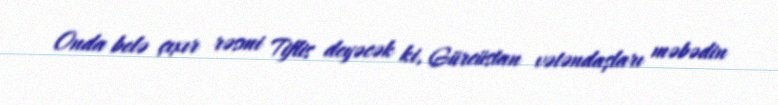
Onda belə çıxır rəsmi Tiflis deyəcək ki, Gürcüstan vətəndaşları məbədin